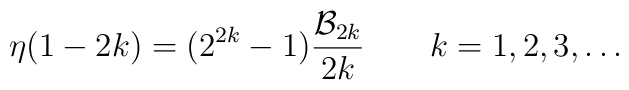
\eta(1-2k)=(2^{2k}-1) {{\cal B}_{2k}\over 2k} \qquad k=1,2,3,\ldots